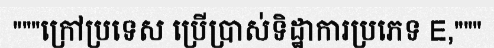
"""ក្រៅប្រទេស ប្រើប្រាស់ទិដ្ឋាការប្រភេទ E,"""